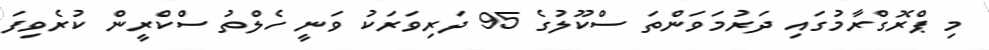
މި ޕްރޮގްރާމުގައި ދަރުމަވަންތަ ސްކޫލުގެ 95 ދަރިވަރަކު ވަނީ ހެލްތު ސްކްރީން ކުރެވިފަ